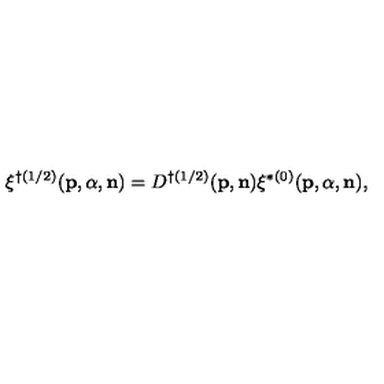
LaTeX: \xi ^ { \dag ( 1 / 2 ) } ( { \bf p } , { \alpha } , { \bf n } ) = D ^ { \dag ( 1 / 2 ) } ( { \bf p } , { \bf n } ) \xi ^ { \ast ( 0 ) } ( { \bf p } , { \alpha } , { \bf n } ) ,